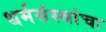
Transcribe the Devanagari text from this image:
धर्मसंस्थांचा